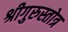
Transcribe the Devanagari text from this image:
श्रीगुरुस्तोत्र